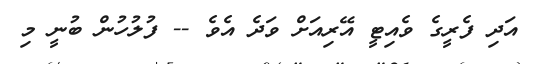
އަދި ފެރީގެ ވެއިޓީ އޭރިއަށް ވަދެ އެވެ -- ފުލުހުން ބުނީ މި